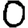
Digit: 0